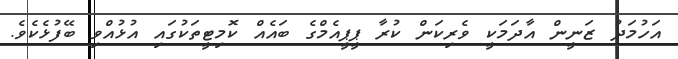
އަހުމަދު ޒަނީން އާދަމަކީ ވެރިކަން ކުރާ ޕީޕީއެމްގެ ބައެއް ކޮމިޓީތަކުގައި އުޅުއްވި ބޭފުޅެކެވެ.